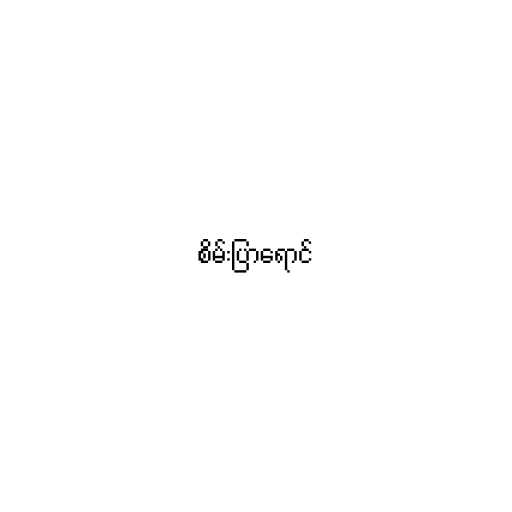
စိမ်းပြာရောင်